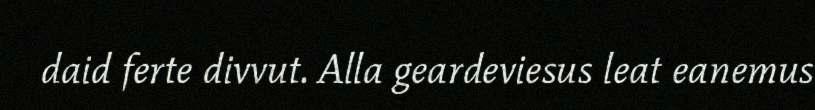
daid ferte divvut. Alla geardeviesus leat eanemus